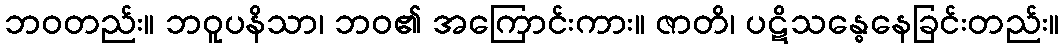
ဘဝတည်း။ ဘဝူပနိသာ၊ ဘဝ၏ အကြောင်းကား။ ဇာတိ၊ ပဋိသန္ဓေနေခြင်းတည်း။